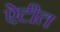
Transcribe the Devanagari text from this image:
ऐटीत